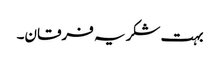
بہت شکریہ فرقان۔